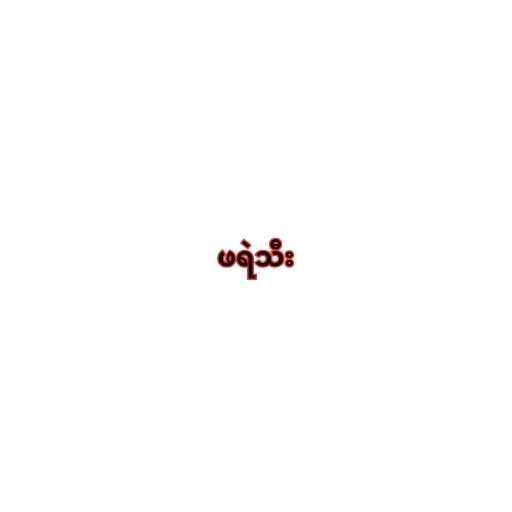
ဖရဲသီး